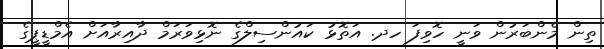
ތިން މެންބަރުން ވަނީ ހޮވިފަ ހދ. އަތޮޅު ކައުންސިލްގެ ނޮޅިވަރަމް ދާއިރާއަށް އެމްޑީޕީގެ